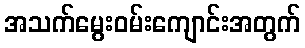
အသက်မွေးဝမ်းကျောင်းအတွက်